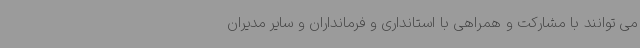
می توانند با مشارکت و همراهی با استانداری و فرمانداران و سایر مدیران